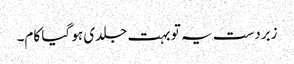
زبردست یہ تو بہت جلدی ہو گیا کام۔